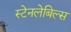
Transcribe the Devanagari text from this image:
स्टेनलेबिल्स